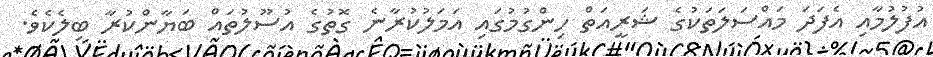
އުފުލުމާއި އެފަދަ މައްސަލަތަކުގެ ޝަރީއަތް ހިންގުމުގައި އަމަލުކުރާނެ ގޮތުގެ އުސޫލުތައް ބަޔާންކުރާ ބިލެކެވެ.